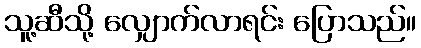
သူ့ဆီသို့ လျှောက်လာရင်း ပြောသည်။